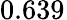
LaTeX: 0.639^{}